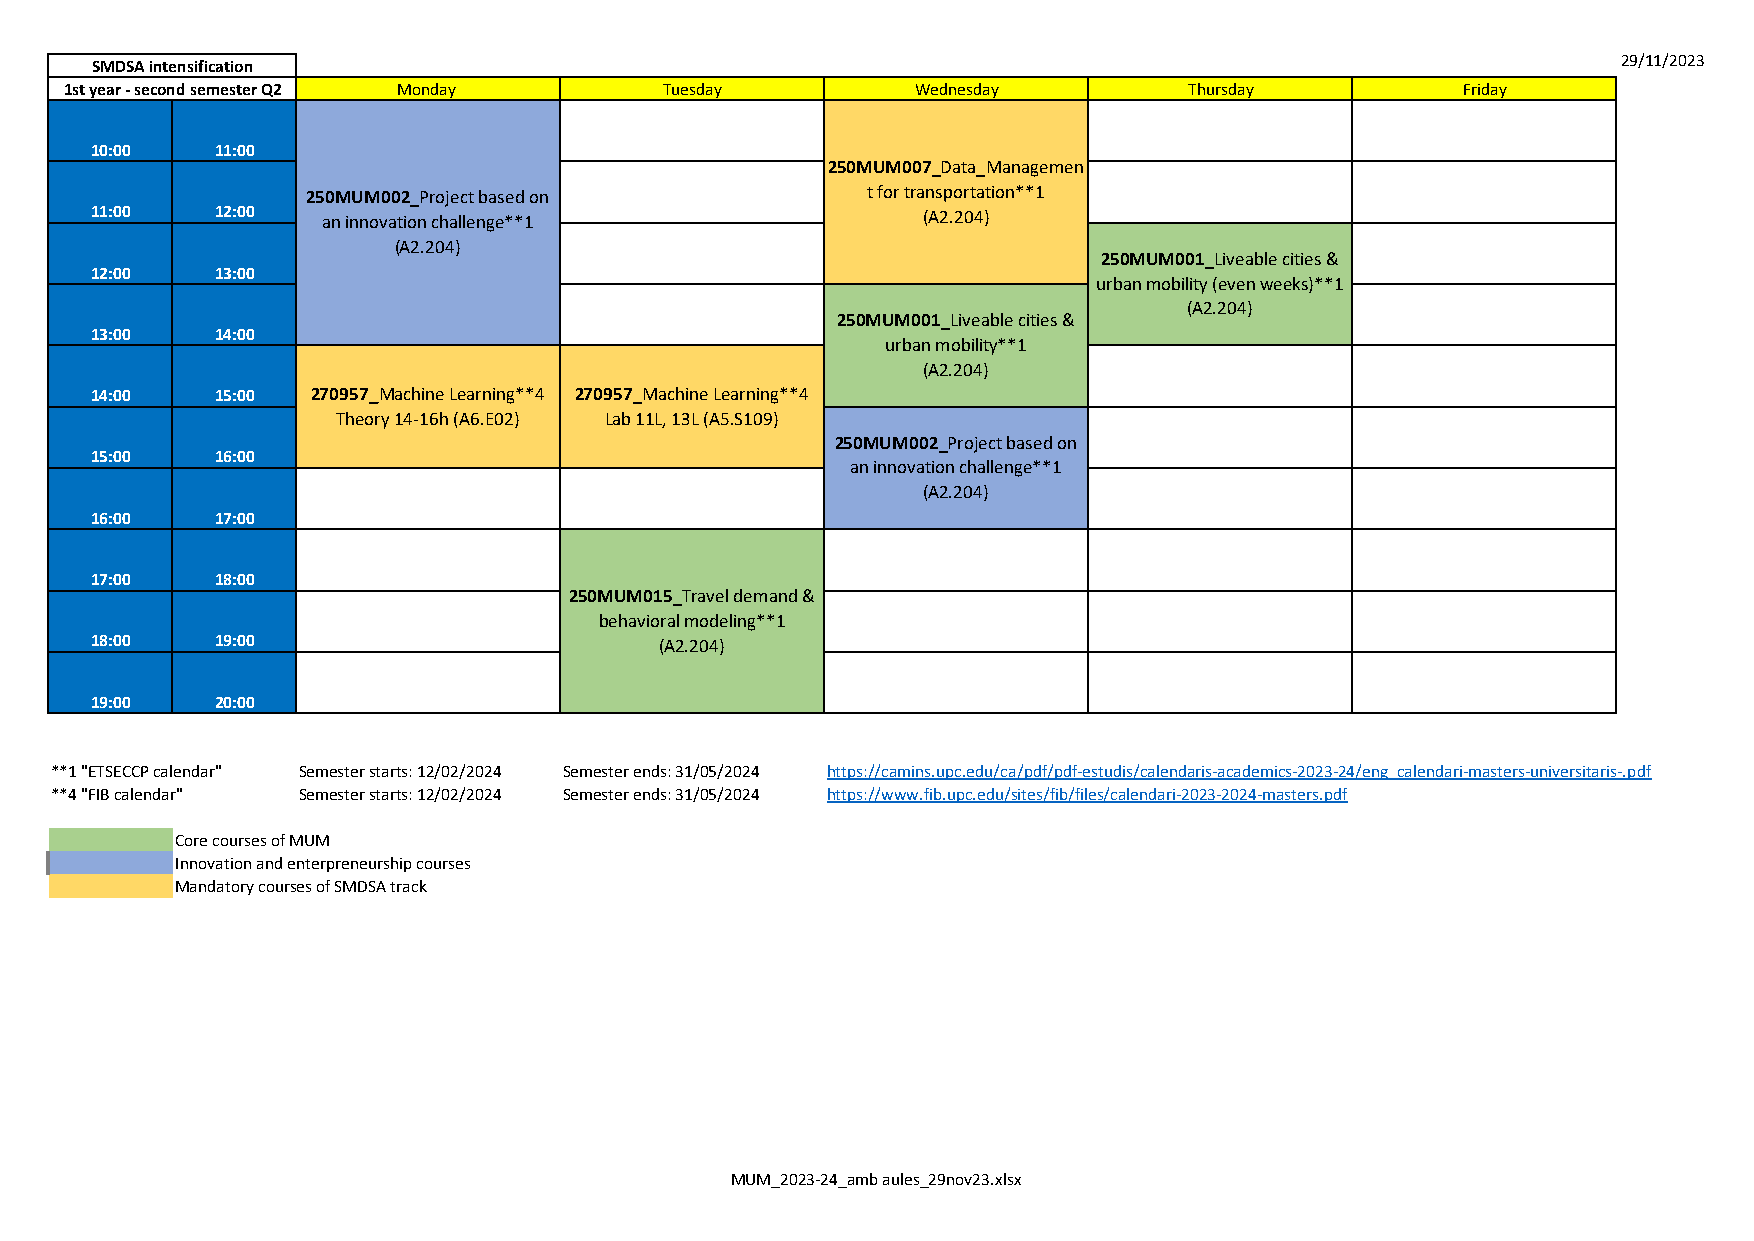
29/11/2023
 SMDSA intensification
 1st year - second semester Q2 Monday    Tuesday          Wednesday         Thursday          Friday
 10:00   11:00
 250MUM007_Data_Managemen
 250MUM002_Project based on           t for transportation**1
 11:00   12:00  an innovation challenge**1              (A2.204)
 (A2.204)
 250MUM001_Liveable cities &
 12:00   13:00
 urban mobility (even weeks)**1
 (A2.204)
 250MUM001_Liveable cities &
 13:00   14:00
 urban mobility**1
 (A2.204)
 14:00   15:00  270957_Machine Learning**4 270957_Machine Learning**4
 Theory 14-16h (A6.E02) Lab 11L, 13L (A5.S109)
 250MUM002_Project based on
 15:00   16:00
 an innovation challenge**1
 (A2.204)
 16:00   17:00
 17:00   18:00
 250MUM015_Travel demand &
 behavioral modeling**1
 18:00   19:00                         (A2.204)
 19:00   20:00
 **1 "ETSECCP calendar" Semester starts: 12/02/2024 Semester ends: 31/05/2024 https://camins.upc.edu/ca/pdf/pdf-estudis/calendaris-academics-2023-24/eng_calendari-masters-universitaris-.pdf
 **4 "FIB calendar" Semester starts: 12/02/2024 Semester ends: 31/05/2024 https://www.fib.upc.edu/sites/fib/files/calendari-2023-2024-masters.pdf
 Core courses of MUM
 Innovation and enterpreneurship courses
 Mandatory courses of SMDSA track
 MUM_2023-24_amb aules_29nov23.xlsx